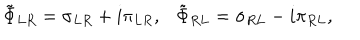
LaTeX: \tilde { \Phi } _ { L R } = \sigma _ { L R } + i \pi _ { L R } , \tilde { \Phi } _ { R L } = \sigma _ { R L } - i \pi _ { R L } ,